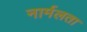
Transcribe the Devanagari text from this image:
नार्मलता